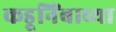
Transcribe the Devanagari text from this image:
कडूनिंबाच्या